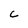
Character: C